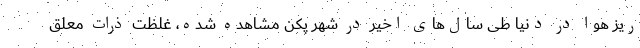
ریز هوا در دنیا طی سال‌های اخیر در شهر پکن مشاهده شده، غلظت ذرات معلق